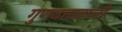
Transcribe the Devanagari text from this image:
गुणवत्तावाली